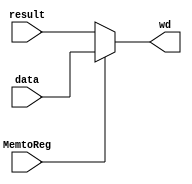
module WB(wd,data,result,MemtoReg);
input [63:0] data,result;
output [63:0] wd;
input MemtoReg;
assign wd=(MemtoReg)?data:result;
endmodule